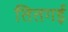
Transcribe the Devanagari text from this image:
तितगई